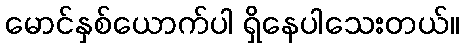
မောင်နှစ်ယောက်ပါ ရှိနေပါသေးတယ်။